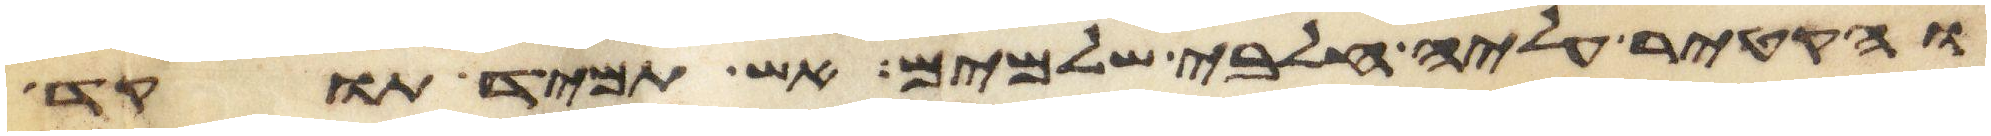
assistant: והקטיר עליה חלבי שלמים אש תמיד תוקד